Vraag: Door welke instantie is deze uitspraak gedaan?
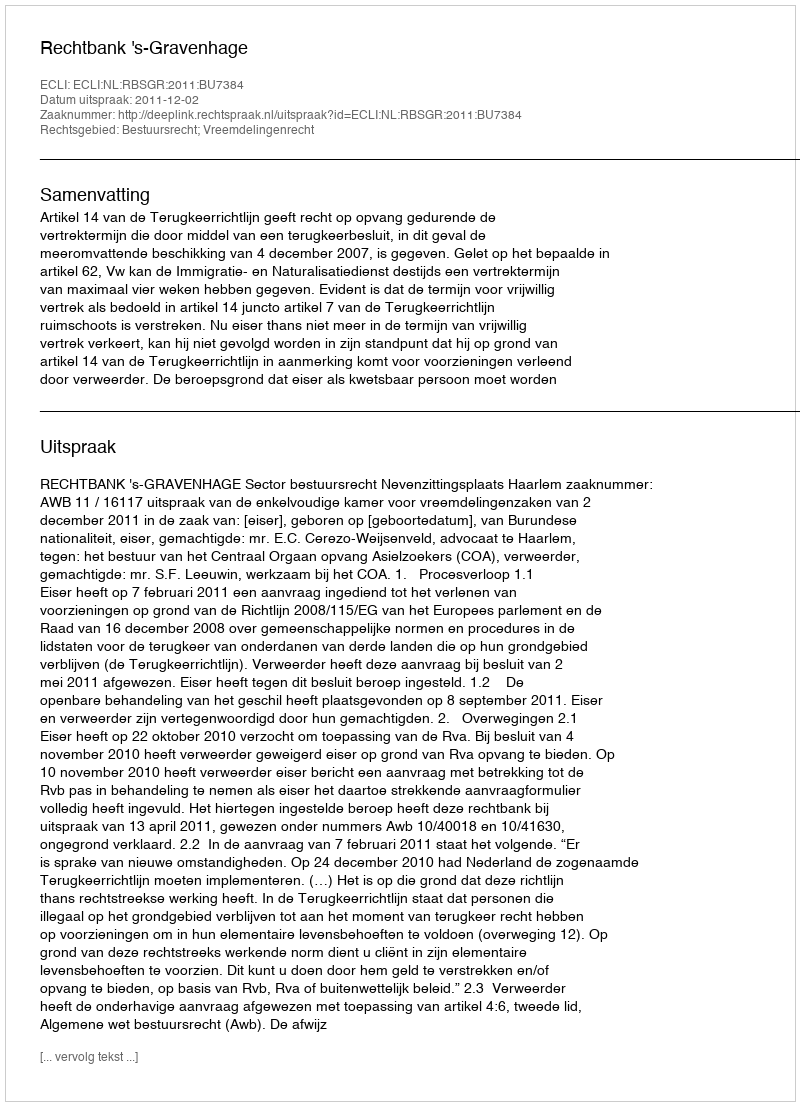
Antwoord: Rechtbank 's-Gravenhage